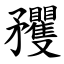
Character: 矡